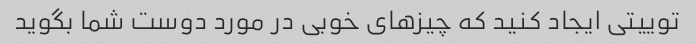
توییتی ایجاد کنید که چیزهای خوبی در مورد دوست شما بگوید